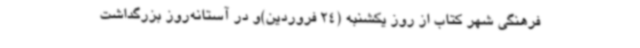
فرهنگی شهر کتاب از روز یکشنبه (24 فروردین)و در آستانه‌روز بزرگداشت